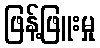
ဖြန့်ဖြူးမှု